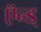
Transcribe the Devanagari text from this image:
ऍन्ड्